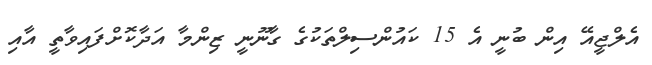
އެލްޖީއޭ އިން ބުނީ އެ 15 ކައުންސިލްތަކުގެ ގާނޫނީ ޒިންމާ އަދާކޮށްފައިވާތީ އާއި